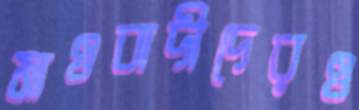
মাওবাদীদেরও